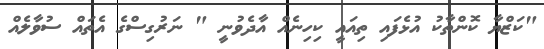
"ކަޒްޔާ ކޮންތާކު އުޅެފައި ތިއައީ ކިހިނެއް އާދެވުނީ " ނަރުގިސްގެ އެތައް ސުވާލެއް